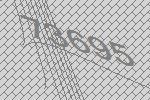
73695